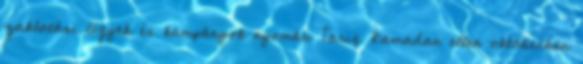
zaklatási ügyek és kampányok nyomán Tariq Ramadan ellen októberben